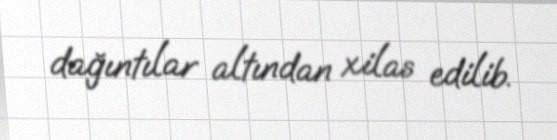
dağıntılar altından xilas edilib.